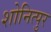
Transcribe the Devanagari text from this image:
शोनित्पुर